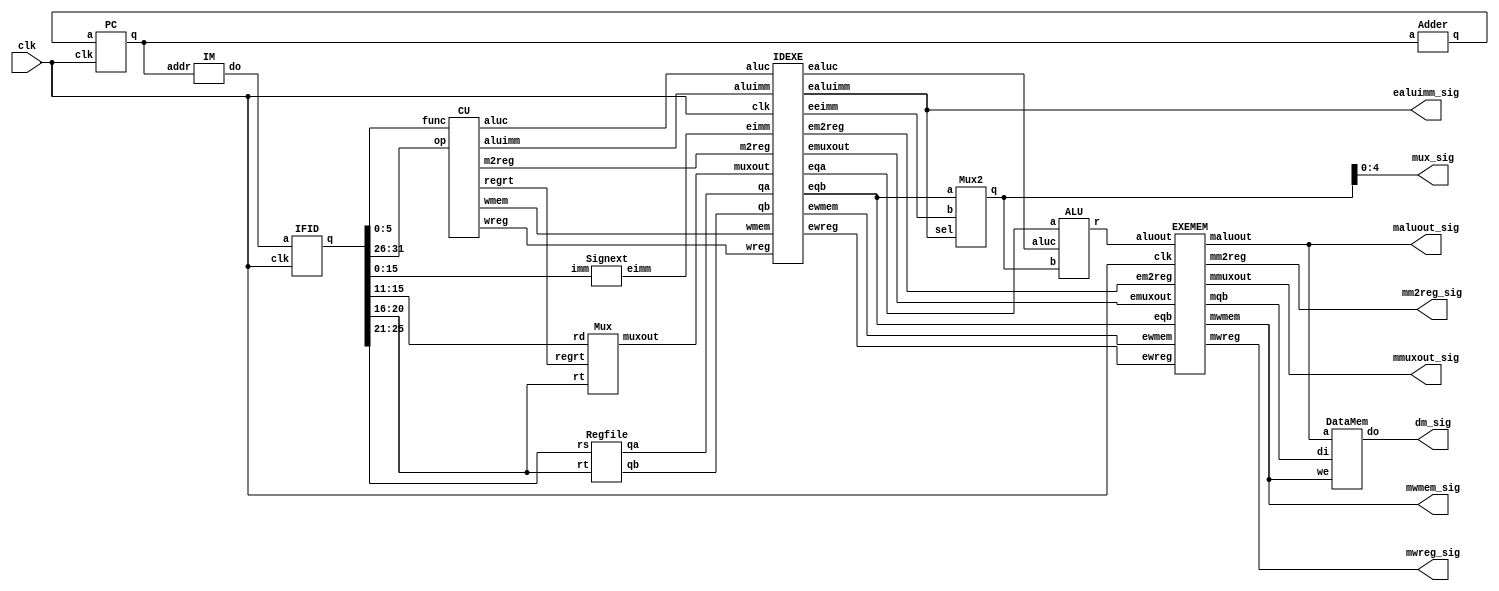
`timescale 1ns / 1ps
//////////////////////////////////////////////////////////////////////////////////
// Company: Pennsylvania State University, University Park
// 
// Design Name: 
// Module Name: top
// Project Name: Lab 4
// Target Devices: XC7Z010-CLG400-1
// Tool Versions: 
// Description: The project aims to develop a basic CPU through pipelining.
// 
// Dependencies: 
// 
// Revision:
// Revision 0.01 - File Created
// Additional Comments:
// 
//////////////////////////////////////////////////////////////////////////////////


module top(input clk, output mwreg_sig, output mm2reg_sig, output mwmem_sig, output [4:0] mmuxout_sig,
            output[31:0] maluout_sig, output [31:0] dm_sig, output ealuimm_sig, output [4:0] mux_sig);

    // Block 1: IF stage
    wire[7:0] adder_to_pc; // Output from adder
    wire[7:0] pc_out; // Output from PC register
    wire[31:0] im_to_ifid; // Output from instruction memory
    
    // Block 2: ID stage
    wire[31:0] ifid_out;
    // Outputs from the Control Unit
    wire wreg_to_idexe;
    wire m2reg_to_idexe;
    wire wmem_to_idexe;
    wire[3:0] aluc_to_idexe;
    wire aluimm_to_idexe;
    wire RegDst;
    // Output from Mux
    wire [4:0]mux_to_idexe;
    // Output from Register File
    wire [5:0]qa_to_idexe;
    wire [5:0]qb_to_idexe;
    // Output from Sign Extender
    wire[31:0] eimm_to_idexe;
    
    // Block 3: EXE stage (next lab)
    wire ewreg;
    wire em2reg;
    wire ewmem;
    wire[3:0] ealuc;
    wire ealuimm;
    wire [4:0] emuxout;
    wire [5:0] eqa;
    wire [5:0] eqb;
    wire [31:0] eeimm;
    wire [31:0] mux_to_alu;
    wire [31:0] aluout;
    
    // Block 4: MEM stage
    wire mwreg;
    wire mm2reg;
    wire mwmem;
    wire [4:0] mmuxout;
    wire [31:0] maluout;
    wire [5:0] mqb;
    wire [31:0] dm_to_memwb;
    
    // Block 5: WB stage
    wire wwreg;
    wire wm2reg;
    wire [4:0] wmuxout;
    wire [31:0] waluout;
    wire [31:0] wdo;

    // Module Instantiations
    PC pc(clk, adder_to_pc, pc_out);
    Adder adder(pc_out, adder_to_pc);   
    IM im(pc_out, im_to_ifid);
    IFID ifid(clk, im_to_ifid, ifid_out);
    CU cu(ifid_out[31:26], ifid_out[5:0], wreg_to_idexe, m2reg_to_idexe, wmem_to_idexe, aluc_to_idexe, aluimm_to_idexe, RegDst);
    Mux mux(ifid_out[15:11], ifid_out[20:16], RegDst, mux_to_idexe);
    Regfile regfile(ifid_out[25:21], ifid_out[20:16], qa_to_idexe, qb_to_idexe);
    Signext ext(ifid_out[15:0], eimm_to_idexe);
    IDEXE idexe(clk, wreg_to_idexe, m2reg_to_idexe, wmem_to_idexe, aluc_to_idexe, 
                aluimm_to_idexe, mux_to_idexe, qa_to_idexe, qb_to_idexe, eimm_to_idexe,
                ewreg, em2reg, ewmem, ealuc, ealuimm, emuxout, eqa, eqb, eeimm);
    Mux2 mux2(eqb, eeimm, ealuimm, mux_to_alu);
    ALU alu(eqa, mux_to_alu, ealuc, aluout);
    EXEMEM exemem(clk, ewreg, em2reg, ewmem, emuxout, aluout, eqb,
                    mwreg, mm2reg, mwmem, mmuxout, maluout, mqb);
    DataMem dm(maluout, mqb, mwmem, dm_to_memwb);
    MEMWB memwb(clk, mwreg, mm2reg, mmuxout, maluout, dm_to_memwb,
                    wwreg, wm2reg, wmuxout, waluout, wdo);


    // Since the instructions ask for signals written INTO MEMWB and FROM EXMEM:
    assign mwreg_sig = mwreg;
    assign mm2reg_sig = mm2reg;
    assign mwmem_sig = mwmem;
    assign mmuxout_sig = mmuxout;
    assign maluout_sig = maluout;
    assign dm_sig = dm_to_memwb;
    // for purpose of completion
    assign ealuimm_sig = ealuimm;
    assign mux_sig = mux_to_alu;
    
endmodule

module PC(input clk, input[7:0] a, output reg[7:0] q);
    // Wire to set the value of PC to its next value; PC is a register effectively
    always @(posedge clk)
        begin
            q <= a;
        end
        
    initial begin
        q = 8'd100;
        end

endmodule

module Adder(input [7:0]a, output reg[7:0] q);
    // This module is not clock-dependent. It adds the input from PC register to the constant 4 and returns it.
    // PC register should take this value to set as new value.
    wire[7:0] to_add = 8'd4;
    
    always @(*)
        begin
             q <= (a + to_add);
        end
        
endmodule

module IM(input[7:0] addr, output reg [31:0] do);
    reg [31:0] IM [0:511]; // Array of registers
    
    integer a;
    
    always @(*)
        begin
            a = addr; // integer-cast
            do = IM[a];
        end
        
    initial // Hardcoded based on the examples provided to be done
        begin
            IM[100] = 32'b10001100001000100000000000000000;
            IM[104] = 32'b10001100001000110000000000000100;
            IM[108] = 32'b10001100001001000000000000001000;
            IM[112] = 32'b10001100001001010000000000001100;
        end
endmodule

module IFID(input clk, input [31:0]a, output reg[31:0] q);
    // This is also clock-dependent. Outputs whatever it's inputted at pos clock edge.
    always @(posedge clk)
        begin
            q <= a;
        end
endmodule

module CU(input [5:0] op, input [5:0] func, 
            output reg wreg, output reg m2reg, output reg wmem, output reg[3:0] aluc, output reg aluimm, output reg regrt);
            
    always @(*) begin
        case(op) // Determination of these values depends on the opcode, and func for R-format
            6'b000000: // R-format instruction
            begin
                wreg = 1'b1;
                m2reg = 1'b0;
                wmem = 1'b0;
                regrt = 1'b1;
                aluimm = 1'b0;
                
                case(func) // Using truth table in Zybooks
                    6'b100000: // add
                        aluc = 4'b0010;
                    6'b100010: // subtract
                        aluc = 4'b0110;
                    6'b100100: // AND
                        aluc = 4'b0000;
                    6'b100101: // OR
                        aluc = 4'b0001;
                    6'b100110: // XOR
                        aluc = 4'b0010;
                    6'b000000: // shift left
                        aluc = 4'b0010;
                    6'b000010: // logical shift right
                        aluc = 4'b0110;
                        // Not in truth table
//                    6'b000011: // arithmetic shift right
//                        aluc = 4'b0010;
//                    6'b001000: // register jump
//                        aluc = 4'b0010;
                endcase
                
            end
            
            // Commented cases remain to be done in second part of lab - only necessary cases done
            
//            6'b001000: // addi
//            6'b001100: // andi
//            6'b001101: // ori
//            6'b001110: // xori
            6'b100011: // lw
                begin
                    wreg = 1'b1;
                    m2reg = 1'b1;
                    wmem = 1'b0;
                    regrt = 1'b0;
                    aluimm = 1'b1;
                    aluc = 4'b0010;
                end
            6'b101011: // sw
                begin
                    wreg = 1'b0;
                    m2reg = 1'bX;
                    wmem = 1'b1;
                    regrt = 1'bX;
                    aluimm = 1'b1;
                    aluc = 4'b0010;
                end
//            6'b000100: // beq
//            6'b000101: // bne
//            6'b001111: // lui
//            6'b000010: // j
//            6'b000011: // jal   
        endcase
    end
    
endmodule

module Mux(input [4:0]rd, input [4:0]rt, input regrt, output reg [4:0]muxout);
    always @(*) begin
        if (regrt) // select rd if RegDst is 1
            muxout <= rd;
        else // select rt if RegDst is 0
            muxout <= rt;
    end
endmodule

module Regfile(input [4:0]rs, input [4:0]rt, output reg [5:0]qa, output reg [5:0]qb);
    reg [31:0] regfile [0:31];
    
    integer a;
    integer b;
    always @(*) begin
        // qa outputs for rs and qb outputs for rt
        a = rs; // this is to integer-cast the binary input
        b = rt;
        
        qa <= regfile[a];
        qb <= regfile[b];
        
    end
    // asked to initialize all values in the regfile to 0
    integer i;
    initial begin
        for (i=0; i<32; i=i+1) begin
            regfile[i] = 0;
        end
    end    
endmodule

module Signext(input [15:0]imm, output reg [31:0]eimm);
    // converts 16 bit imm to 32 bits
    always @(*) begin
        eimm[31:0] <= { {16{imm[15]}}, imm[15:0] };
    end
endmodule

module IDEXE(input clk, input wreg, input m2reg, input wmem, input [3:0]aluc, input aluimm, input [4:0]muxout, input [5:0]qa, input [5:0]qb, input [31:0]eimm,
            output reg ewreg, output reg em2reg, output reg ewmem, output reg [3:0]ealuc, output reg ealuimm, output reg [4:0]emuxout,
            output reg [5:0]eqa, output reg [5:0]eqb, output reg[31:0] eeimm);
    // Nothing but a clock-dependent output-input setter
    always @(posedge clk)
        begin
            ewreg <= wreg;
            em2reg <= m2reg;
            ewmem <= wmem;
            ealuc <= aluc;
            ealuimm <= aluimm;
            emuxout <= muxout;
            eqa <= qa;
            eqb <= qb;
            eeimm <= eimm;
        end
endmodule

module Mux2(input [5:0] a, input [31:0] b, input sel, output reg [31:0] q);
    // Not dependent on clock; chooses 0 or 1 based on ealuimm
    always @(*) begin
        if (sel) // select eeimm if RegDst is 1
            q <= b;
        else // select eqb if RegDst is 0
            q <= a;
    end

endmodule

module ALU(input [5:0] a, input [31:0] b, input [3:0] aluc, output reg [31:0] r);
    // Not dependent on clock; performs different ops based on aluc

    always @(*) begin
        case(aluc) // Determination of these values depends on the aluc
            4'b0000: // AND
                begin
                    r <= a && b;              
                end
            
            4'b0001: // OR
                begin
                    r <= a || b;
                end
                
            4'b0010: // add
                begin
                    r <= a + b;
                end
                
            4'b0010: // subtract
                begin
                    r <= a - b;
                end
                
            4'b0010: // set on less than
                begin
                    if (a < b) begin
                        r <= 32'b1;
                    end else begin
                        r <= 32'b0;
                    end
                end
                
            4'b0010: // NOR
                begin
                    r <= ~(a || b);
                end                                            
                
        endcase
    end

endmodule

module EXEMEM(input clk, input ewreg, input em2reg, input ewmem, input [4:0]emuxout, input [31:0] aluout, input [5:0]eqb,
            output reg mwreg, output reg mm2reg, output reg mwmem, output reg [4:0]mmuxout, output reg [31:0] maluout, output reg [5:0] mqb);
    // Nothing but a clock-dependent output-input setter
    always @(posedge clk)
        begin
            mwreg <= ewreg;
            mm2reg <= em2reg;
            mwmem <= ewmem;
            mmuxout <= emuxout;
            maluout <= aluout;
            mqb <= eqb;
        end
endmodule

module DataMem(input [31:0] a, input [5:0] di, input we, output reg [31:0] do);
    // Not dependent on clock; array
    reg [31:0] dmem [0:31];
    
    integer x;
    integer y;
    always @(*) begin
        if (!we) // if we is 0, read
            // do outputs value at address a
            x = a; // this is to integer-cast the binary input
            //b = rt;
            do <= dmem[x];
        // if we is 1, write, but this lab doesn't cover that
        // input di seems relatively useless - function not specified in TB, lecture, or hints video
    end
    // asked to initialize all values in the dmem to those provided
    integer i;
    initial begin
    
        for (i=0; i<32; i=i+1) begin
            dmem[i] = 0;
        end
        
        dmem[0] = 'hA00000AA;
        dmem[1] = 'h10000011;
        dmem[2] = 'h20000022;
        dmem[3] = 'h30000033;
        dmem[4] = 'h40000044;
        dmem[5] = 'h50000055;
        dmem[6] = 'h60000066;
        dmem[7] = 'h70000077;
        dmem[8] = 'h80000088;
        dmem[9] = 'h90000099;
    end  
endmodule

module MEMWB(input clk, input mwreg, input mm2reg, input [4:0] mmuxout, input [31:0] maluout, input [31:0] do,
            output reg wwreg, output reg wm2reg, output reg [4:0] wmuxout, output reg [31:0] waluout, output reg [31:0] wdo);
    // Nothing but a clock-dependent output-input setter
    always @(posedge clk)
        begin
            wwreg <= mwreg;
            wm2reg <= mm2reg;
            wmuxout <= mmuxout;
            waluout <= maluout;
            wdo <= do;
        end
endmodule